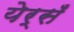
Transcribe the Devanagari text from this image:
येर्सँ